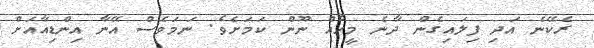
ރެކޭނެ އަދި ފިލައިގެން ދާނެ މީހެއް ނޫން ކަމަށެވެ. ނަމަވެސް އޭނާ އިންޑިއާއަށް